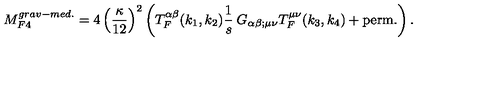
M _ { F 4 } ^ { g r a v - m e d . } = 4 \left( \frac { \kappa } { 1 2 } \right) ^ { 2 } \left( T _ { F } ^ { \alpha \beta } ( k _ { 1 } , k _ { 2 } ) \frac { 1 } { s } \: G _ { \alpha \beta ; \mu \nu } T _ { F } ^ { \mu \nu } ( k _ { 3 } , k _ { 4 } ) + \mathrm { p e r m . } \right) .